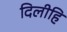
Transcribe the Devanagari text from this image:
दिलीहि